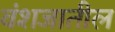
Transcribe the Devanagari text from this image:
वंशजातील